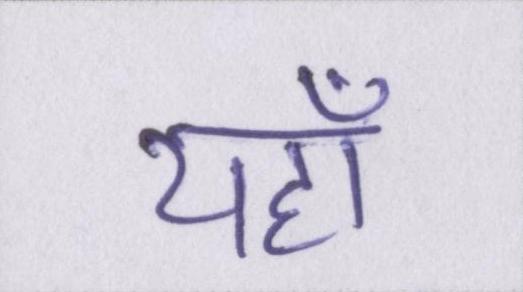
यहाँ